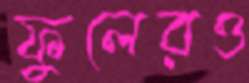
ফুলেরও